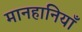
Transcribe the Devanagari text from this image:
मानहानियाँ